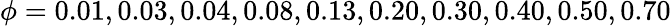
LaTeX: \phi=0.01,0.03,0.04,0.08,0.13,0.20,0.30,0.40,0.50,0.70